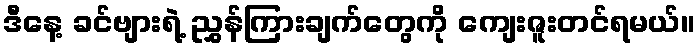
ဒီနေ့ ခင်ဗျားရဲ့ ညွှန်ကြားချက်တွေကို ကျေးဇူးတင်ရမယ်။